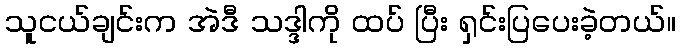
သူငယ်ချင်းက အဲဒီ သဒ္ဒါကို ထပ် ပြီး ရှင်းပြပေးခဲ့တယ်။